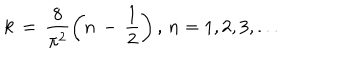
k \, = \, \frac { 8 } { \pi ^ { 2 } } \left( n \, - \, \frac { 1 } { 2 } \right) , \, n = 1 , 2 , 3 , . . .